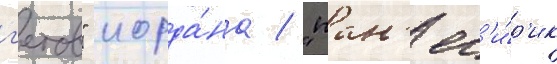
г'етов" иорда́на / "пан'ег'и́р'ик